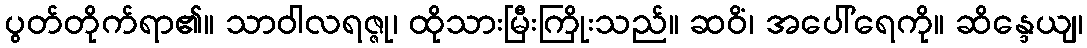
ပွတ်တိုက်ရာ၏။ သာဝါလရဇ္ဇု၊ ထိုသားမြီးကြိုးသည်။ ဆဝိံ၊ အပေါ်ရေကို။ ဆိန္ဒေယျ၊